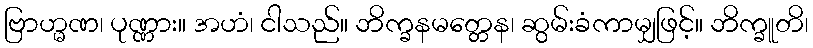
ဗြာဟ္မဏ၊ ပုဏ္ဏား။ အဟံ၊ ငါသည်။ ဘိက္ခနမတ္တေန၊ ဆွမ်းခံကာမျှဖြင့်။ ဘိက္ခူတိ၊